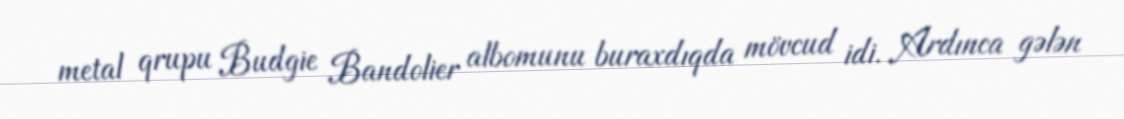
metal qrupu Budgie Bandolier albomunu buraxdıqda mövcud idi. Ardınca gələn